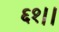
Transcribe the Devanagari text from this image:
६१।।